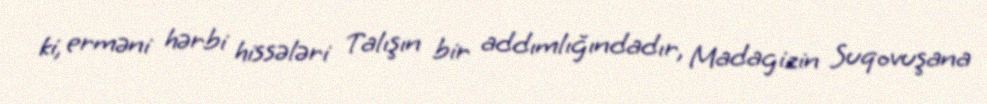
ki, erməni hərbi hissələri Talışın bir addımlığındadır, Madagizin Suqovuşana